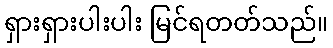
ရှားရှားပါးပါး မြင်ရတတ်သည်။